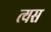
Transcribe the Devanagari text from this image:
त्यस